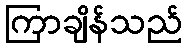
ကြာချိန်သည်